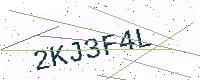
Text: 2KJ3F4L